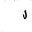
Letter: _lam